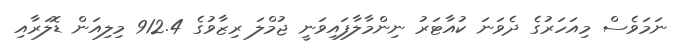
ނަމަވެސް މިއަހަރުގެ ދެވަނަ ކުއާޓަރު ނިންމާލާފައިވަނީ ޖުމްލަ ރިޒާވުގެ 912.4 މިލިއަން ޑޮލަރާއި